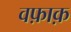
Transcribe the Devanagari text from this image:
वफ़ाक़